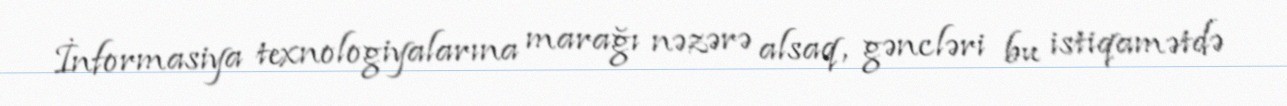
İnformasiya texnologiyalarına marağı nəzərə alsaq, gəncləri bu istiqamətdə